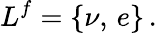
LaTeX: L^{f}=\{ \nu,\, e\} \, .